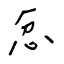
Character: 忿